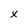
Character: X